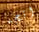
اتجه